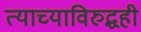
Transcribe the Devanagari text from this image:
त्याच्याविरुद्धही